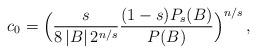
LaTeX: \begin{align*} c_0=\Big(\frac{s}{8\,|B|\,2^{n/s}}\frac{(1-s)P_s(B)}{P(B)}\Big)^{n/s}\,, \end{align*}